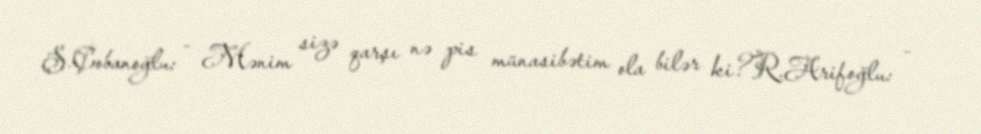
Ş.Çobanoğlu: - Mənim sizə qarşı nə pis münasibətim ola bilər ki?R.Arifoğlu: -